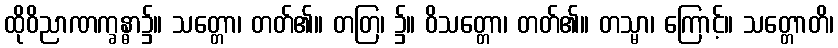
ထိုဝိညာဏက္ခန္ဓာ၌။ သတ္တော၊ တတ်၏။ တတြ၊ ၌။ ဝိသတ္တော၊ တတ်၏။ တသ္မာ၊ ကြောင့်။ သတ္တောတိ၊